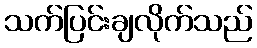
သက်ပြင်းချလိုက်သည်